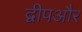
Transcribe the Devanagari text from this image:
द्वीपऔर